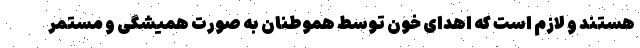
هستند و لازم است که اهدای خون توسط هموطنان به صورت همیشگی و مستمر